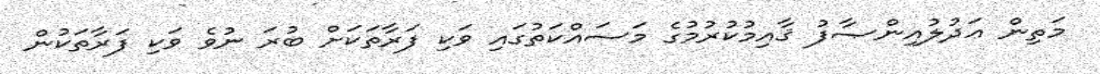
މަތިން ޢަދުލުއިންޞާފު ޤާއިމުކުރުމުގެ މަސައްކަތުގައި ވަކި ފަރާތަކަށް ބުރަ ނުވެ ވަކި ފަރާތަކުން